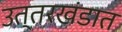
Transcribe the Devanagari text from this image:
उत्तरखंडात